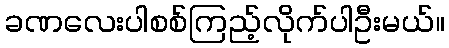
ခဏလေးပါစစ်ကြည့်လိုက်ပါဦးမယ်။